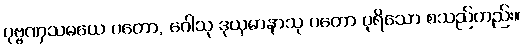
ပုဗ္ဗဏှသမယေ ဂတော, ဂေါသု ဒုယှမာနာသု ဂတော ပုရိသော စသည်တည်း။